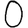
Digit: 0